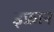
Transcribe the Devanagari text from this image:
इफ्रान